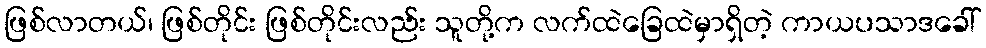
ဖြစ်လာတယ်၊ ဖြစ်တိုင်း ဖြစ်တိုင်းလည်း သူတို့က လက်ထဲခြေထဲမှာရှိတဲ့ ကာယပသာဒခေါ်